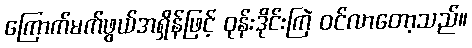
ကြောက်မက်ဖွယ်အရှိန်ဖြင့် ဝုန်းဒိုင်းကြဲ ဝင်လာတော့သည်။